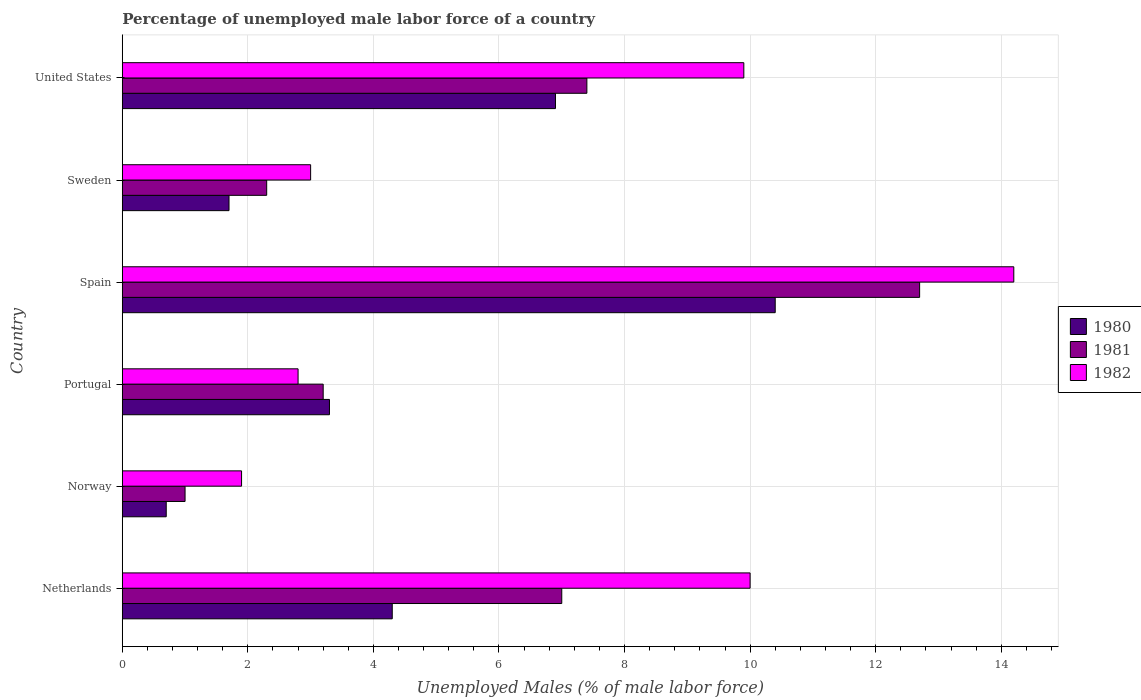
| Country | 1980 | 1981 | 1982 |
 | --- | --- | --- | --- |
 | Netherlands | 4.3 | 7 | 10 |
 | Norway | 0.7 | 1 | 1.9 |
 | Portugal | 3.3 | 3.2 | 2.8 |
 | Spain | 10.4 | 12.7 | 14.2 |
 | Sweden | 1.7 | 2.3 | 3 |
 | United States | 6.9 | 7.4 | 9.9 |